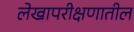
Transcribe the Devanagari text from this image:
लेखापरीक्षणातील